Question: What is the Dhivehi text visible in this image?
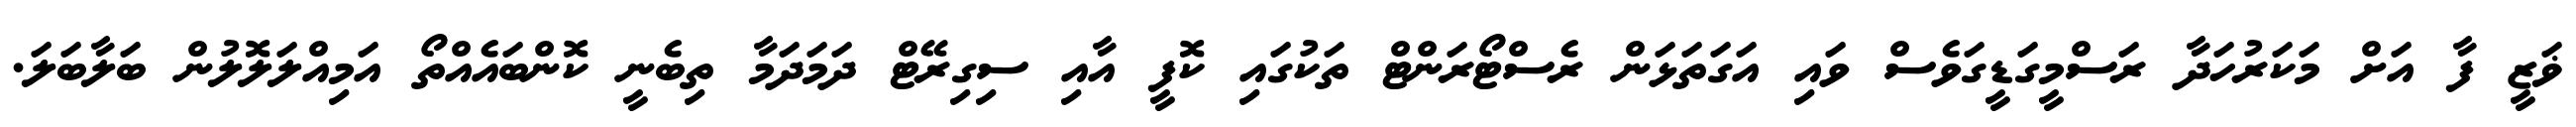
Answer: ޥަޒީ ފާ އަށް މަކަރުހަދާ ރަސްމީގަޑީގަވެސް ވައި އަގަތަޅަން ރެސްޓޯރަންޓް ތަކުގައި ކޮފީ އާއި ސިގިރޭޓް ދަމަދަމާ ތިބެނީ ކޮންބައެއްތޯ އަމިއްލަލޮލުން ބަލާބަލަ.